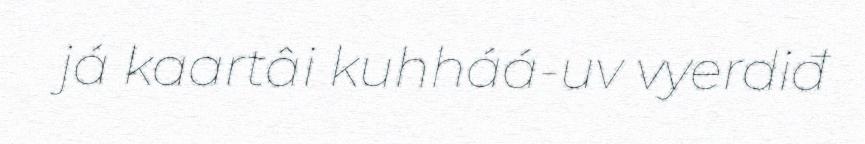
já kaartâi kuhháá-uv vyerdiđ